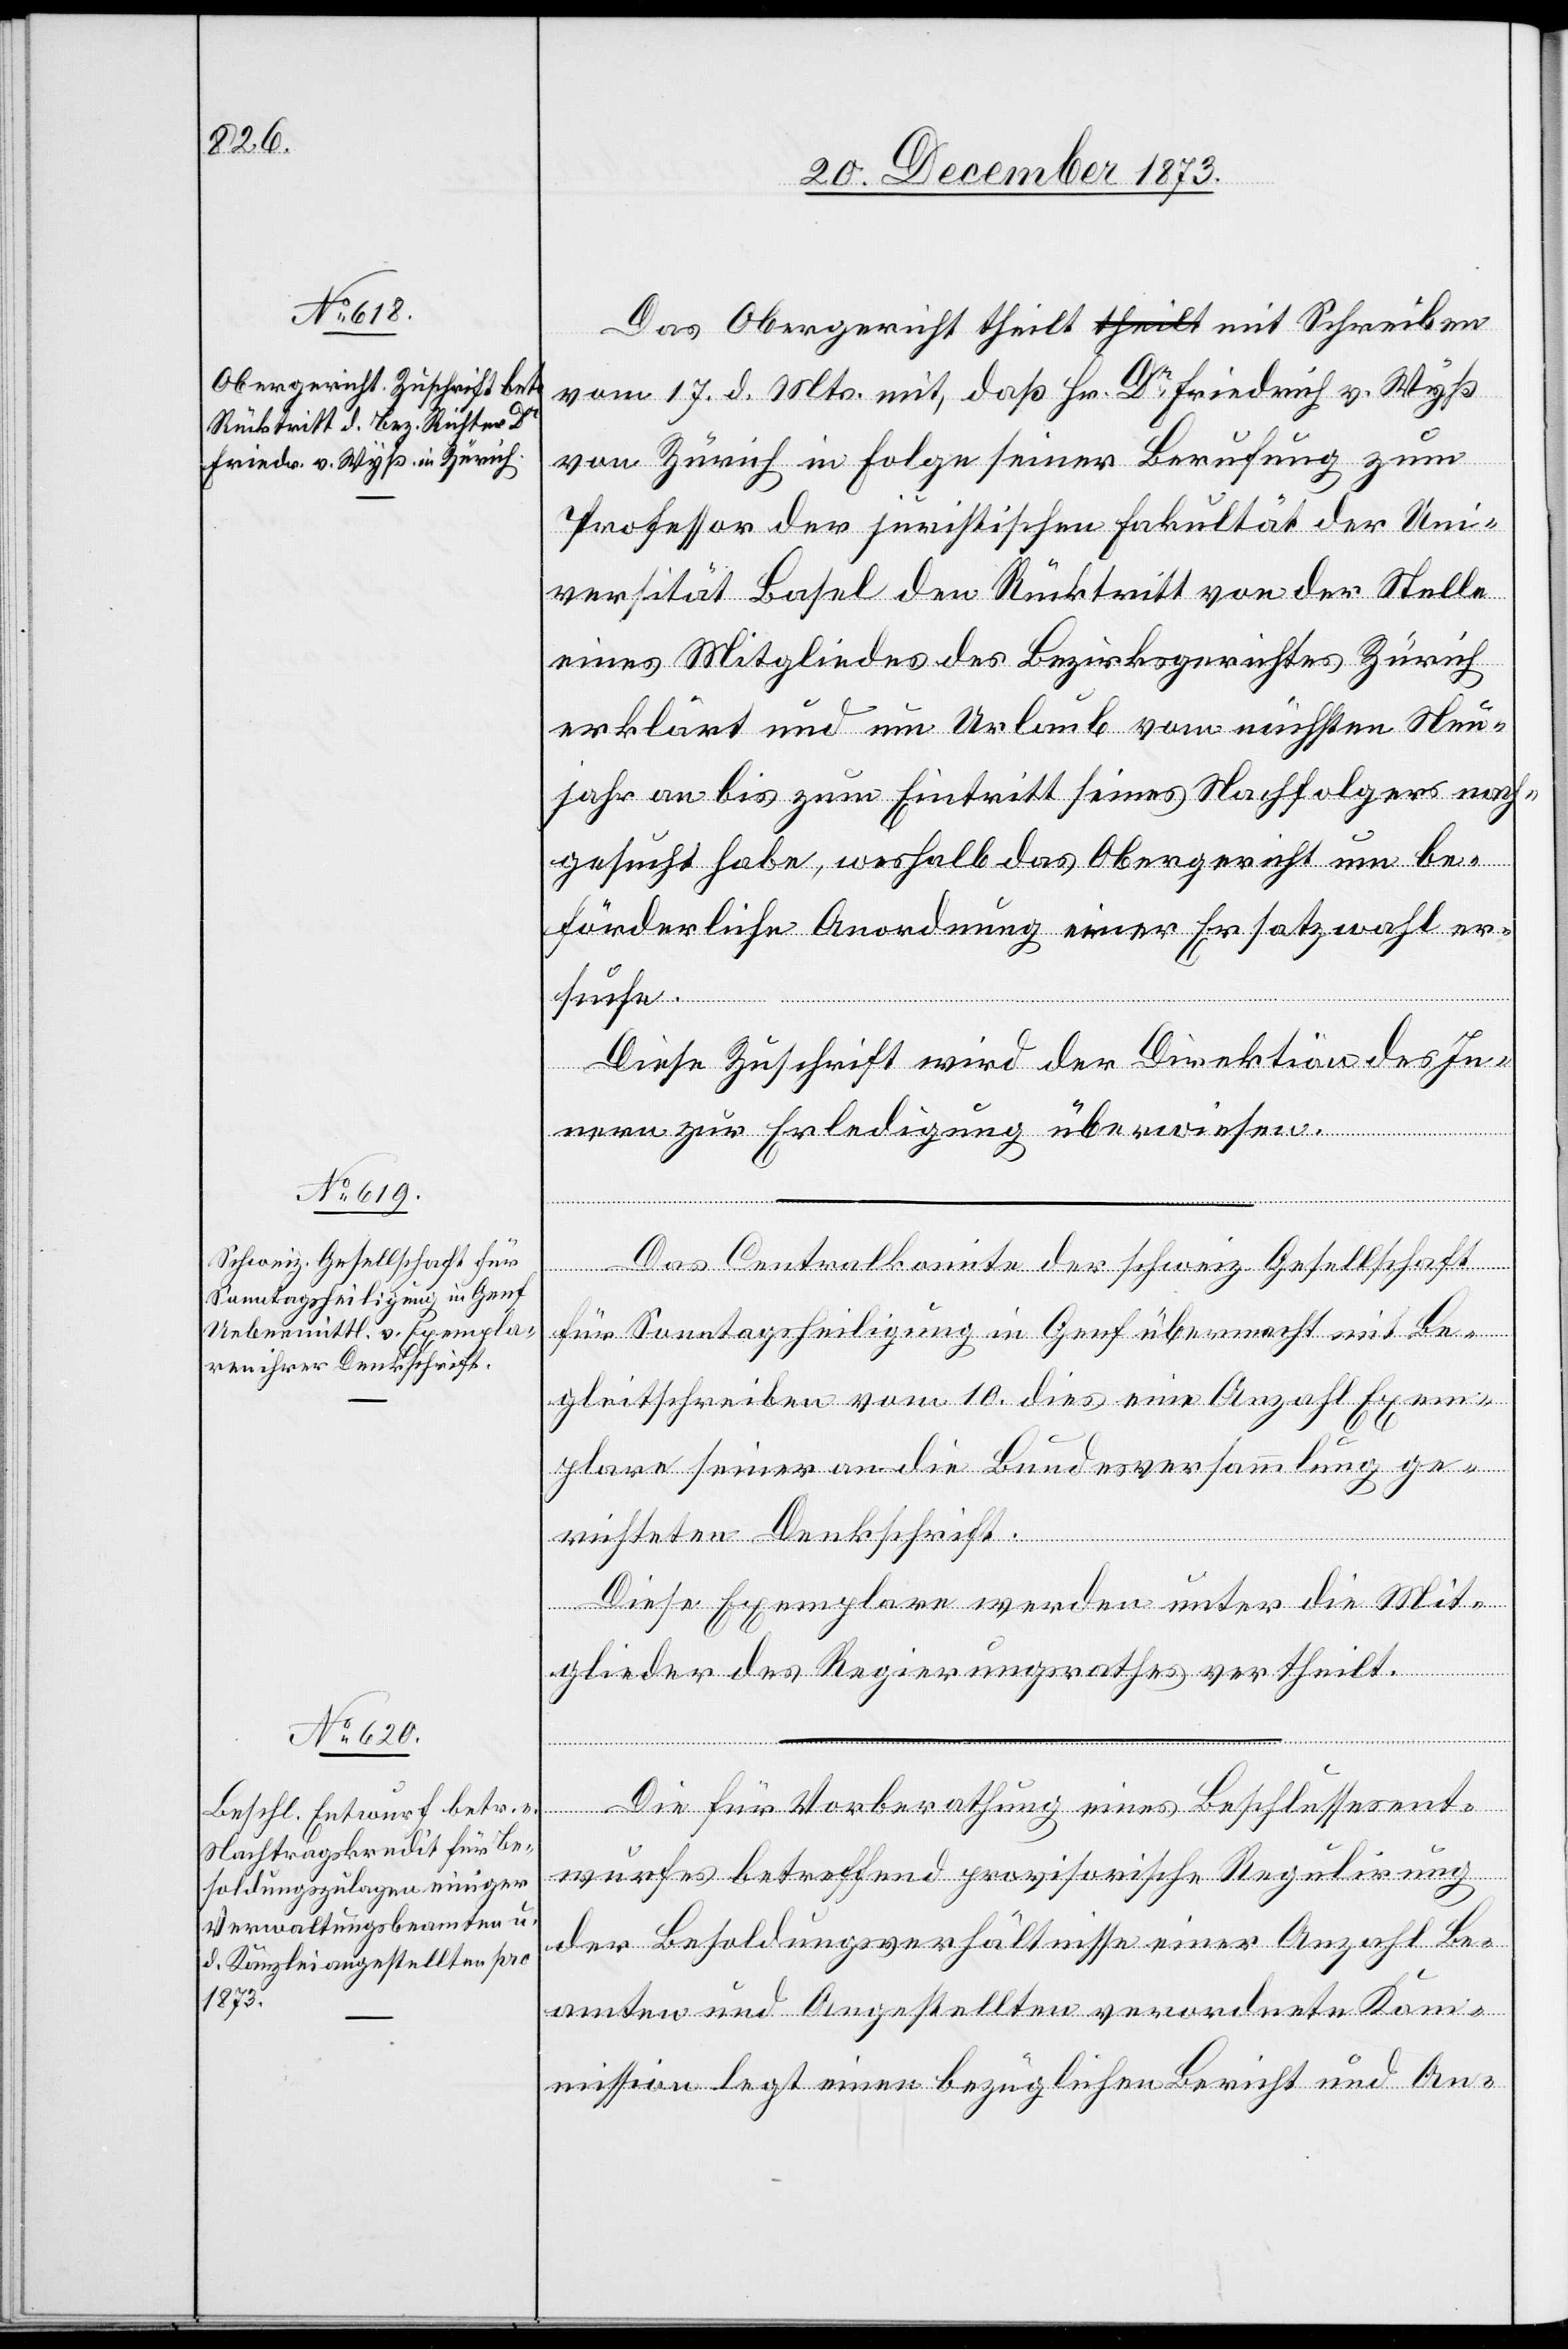
Das Obergericht theilt mit Schreiben
vom 17. d. Mts. mit, daß Hr. Dr Friedrich v. Wyß
von Zürich in Folge seiner Berufung zum
Professor der juristischen Fakultät der Uni¬
versität Basel den Rücktritt von der Stelle
eines Mitgliedes des Bezirksgerichtes Zürich
erklärt und um Urlaub vom nächsten Neu¬
jahr an bis zum Eintritt seines Nachfolgers nach¬
gesucht habe, weshalb das Obergericht um be¬
förderliche Anordnung einer Ersatzwahl er¬
suche.
Diese Zuschrift wird der Direktion des In¬
nern zur Erledigung überwiesen.
Das Centralkomite der schweiz. Gesellschaft
für Sonntagsheiligung in Genf übermacht mit Be¬
gleitschreiben vom 10. dies eine Anzahl Exem¬
plare seiner an die Bundesversammlung ge¬
richteten Denkschrift.
Diese Exemplare werden unter die Mit¬
glieder des Regierungsrathes vertheilt.
Die für Vorberathung eines Beschlussesent¬
wurfes betreffend provisorische Regulirung
der Besoldungsverhältnisse einer Anzahl Be¬
amten und Angestellten verordnete Kom¬
mission legt einen bezüglichen Bericht und An-